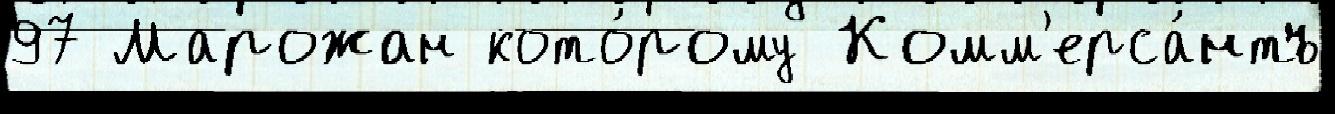
97 Марожан кото́рому Комм'ерса́нтъ